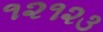
૧૨૧૨૩